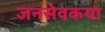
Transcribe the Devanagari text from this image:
जनसेवकया